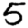
Digit: 5